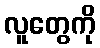
လူတွေကို